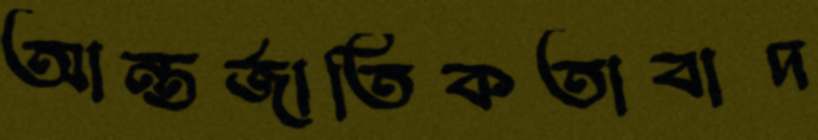
আন্তর্জাতিকতাবাদ